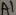
Text: A1